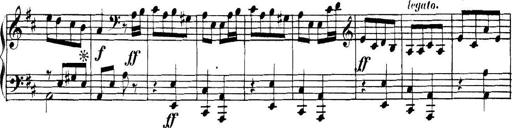
Title: Collected Piano Sonatas
Composer: Muzio Clementi